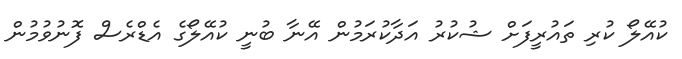
ކުއޭލޯ ކުރި ތައުރީފަށް ޝުކުރު އަދާކުރަމުން އޭނާ ބުނީ ކުއޭލޯގެ އެޑްރެސް ފޮނުވުމުން